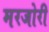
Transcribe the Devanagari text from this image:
मरजोरी